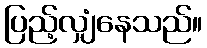
ပြည့်လျှံနေသည်။